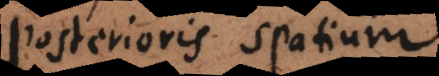
posterioris spatium